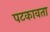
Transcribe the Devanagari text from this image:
पटकावता